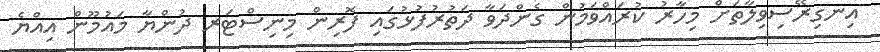
އިނގިރޭސިވިލާތަށް މިހާރު ކުރައްވަމުން ގެންދަވާ ދަތުރުފުޅުގައި ފޮރިން މިނިސްޓަރ ދުންޔާ މައުމޫން އިއްޔެ